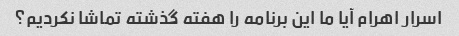
اسرار اهرام آیا ما این برنامه را هفته گذشته تماشا نکردیم؟